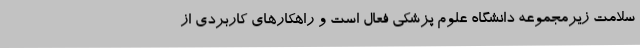
سلامت زیرمجموعه دانشگاه علوم پزشکی فعال است و راهکارهای کاربردی از